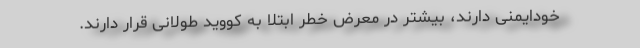
خودایمنی دارند، بیشتر در معرض خطر ابتلا به کووید طولانی قرار دارند.